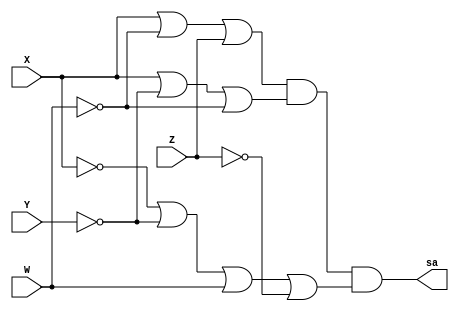
// ---------------------
// TRUTH TABLE
// Nome: marcos antonio lommez Candido Ribeiro
// 16/09/2022
// ---------------------

module PoSa (output sa, input X, Y, W, Z); //  M ( 2, 6, 7, 13 )
    assign sa = (X |~W|Z ) & (X |~Y|~W) & (~X|~Y|W |~Z);
endmodule // PoS

module PoSb (output sb, input X, Y, W, Z); //  M ( 4, 8, 9, 11, 15 )
    assign sb = (X |~Y|W |Z ) & (~X|Y |W ) & (~X|~W|~Z);
endmodule // PoS

module PoSc (output sc, input X, Y, W, Z); //  M ( 4, 8, 10, 13, 14 )
    assign sc = (X |~Y|W |Z ) & (~X|Y |W |Z ) & (~X|~Y|W |~Z) & (~X|~W|Z );
endmodule // PoS

module PoSd (output sd, input X, Y, W, Z); //  M ( 1, 2, 5, 13, 14, 15 )
    assign sd = (X |Y |~W|Z ) & (X |W |~Z) & (~Y|W |~Z) & (~X|~Y|~W);
endmodule // PoS

module PoSe (output se, input X, Y, W, Z); //  M ( 3, 5, 6, 7, 11, 15 )
    assign se = (X |~W|~Z) & (X |~Y|~Z) & (X |~Y|~W) & (~X|~W|~Z);
endmodule // PoS


// ---------------------
// -- test_module
// ---------------------
module test_module;
    reg X, Y, W, Z;
    wire sa, sb, sc, sd, se;

    // instancias
    PoSa POSa (sa, X, Y, W, Z);
    PoSb POSb (sb, X, Y, W, Z);
    PoSc POSc (sc, X, Y, W, Z);
    PoSd POSd (sd, X, Y, W, Z);
    PoSe POSe (se, X, Y, W, Z);
    
    // valores iniciais
    initial 
        begin: start
            X=1'bx; // indefinidos
            Y=1'bx; // indefinidos
            W=1'bx; // indefinidos
            Z=1'bx; // indefinidos
        end

    // parte principal
    initial 
        begin: main
            // identificacao
            $display("Ex04 - Marcos Antonio Lommez - 771157");

            // monitoramento
            $display("\n");
            $display(" XYWZ =   a   b   c   d   e");
            $monitor(" %b%b%b%b =   %b   %b   %b   %b   %b", X, Y, W, Z, sa, sb, sc, sd, se);
            
            
            // sinalizacao
            #1 X=0; Y=0; W=0; Z=0;
            #1 X=0; Y=0; W=0; Z=1;
            #1 X=0; Y=0; W=1; Z=0;
            #1 X=0; Y=0; W=1; Z=1;
            #1 X=0; Y=1; W=0; Z=0;
            #1 X=0; Y=1; W=0; Z=1;
            #1 X=0; Y=1; W=1; Z=0;
            #1 X=0; Y=1; W=1; Z=1;
            #1 X=1; Y=0; W=0; Z=0;
            #1 X=1; Y=0; W=0; Z=1;
            #1 X=1; Y=0; W=1; Z=0;
            #1 X=1; Y=0; W=1; Z=1;
            #1 X=1; Y=1; W=0; Z=0;
            #1 X=1; Y=1; W=0; Z=1;
            #1 X=1; Y=1; W=1; Z=0;
            #1 X=1; Y=1; W=1; Z=1;
        end
endmodule // test_module